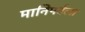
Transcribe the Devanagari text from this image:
मानिपर्वला